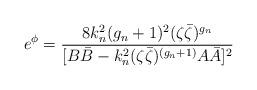
LaTeX: \begin{align*}e^{\phi}=\frac{8 k^2_n(g_n+1)^2(\zeta \bar{\zeta})^{g_n}}{[B\bar B-k_n^2 (\zeta \bar{\zeta})^{(g_n+1)}A\bar A]^2}\end{align*}